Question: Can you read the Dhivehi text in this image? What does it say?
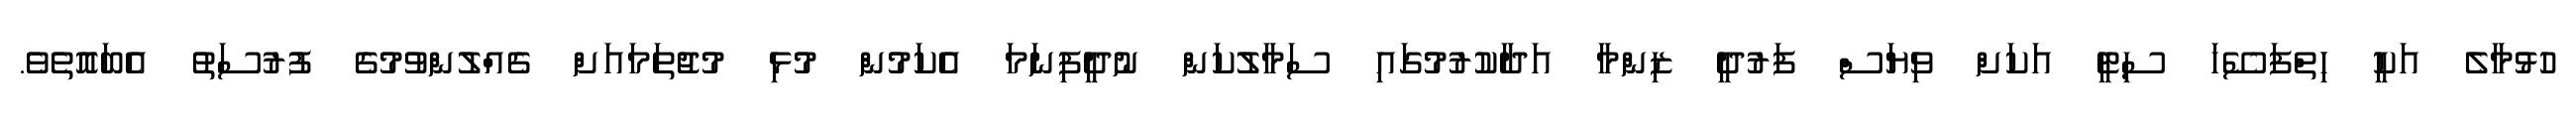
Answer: ހުޅުމާލެ އަކީ ހިތްފަސޭހަ ސިޓީ އަކަށް ވިޔަސް ފަރުދީ ޒިންމާ އަދާކުރުމުގައި ސަމާލުކަން ނުދީފިނަމަ އެކަމުން މުޅި މުޖުތަމައަށް ގެއްލުންވުމުގެ ފުރުސަތު އެބައޮތެވެ.